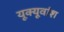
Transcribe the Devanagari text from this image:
यूक्यूवांश